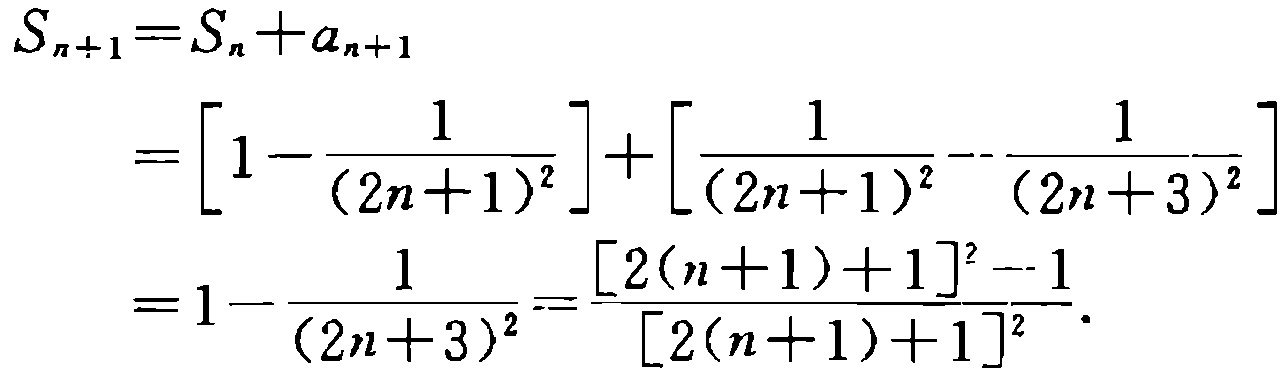
\[
\begin{align*}
S_{n + 1}&=S_{n}+a_{n + 1}\\
&=\left[1-\frac{1}{(2n + 1)^{2}}\right]+\left[\frac{1}{(2n + 1)^{2}}-\frac{1}{(2n + 3)^{2}}\right]\\
&=1-\frac{1}{(2n + 3)^{2}}=\frac{[2(n + 1)+1]^{2}-1}{[2(n + 1)+1]^{2}}.
\end{align*}
\]